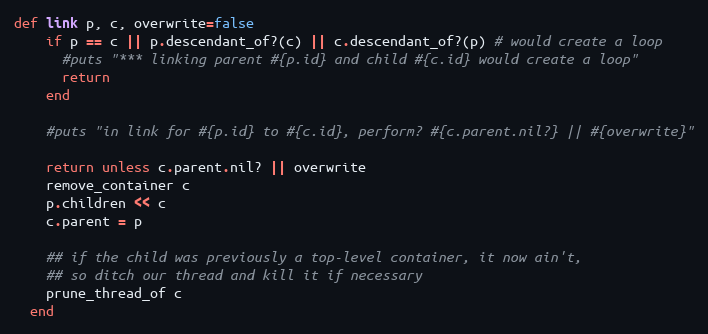
Language: Ruby
def link p, c, overwrite=false
    if p == c || p.descendant_of?(c) || c.descendant_of?(p) # would create a loop
      #puts "*** linking parent #{p.id} and child #{c.id} would create a loop"
      return
    end

    #puts "in link for #{p.id} to #{c.id}, perform? #{c.parent.nil?} || #{overwrite}"

    return unless c.parent.nil? || overwrite
    remove_container c
    p.children << c
    c.parent = p

    ## if the child was previously a top-level container, it now ain't,
    ## so ditch our thread and kill it if necessary
    prune_thread_of c
  end